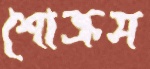
শোক্রস